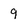
Character: 9